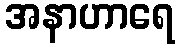
အနာဟာရေ